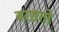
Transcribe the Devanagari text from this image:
बरसतो